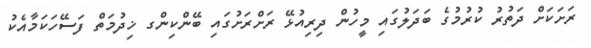
ރަށަކަށް ދަތުރު ކުރުމުގެ ބަދަލުގައި މީހުން ދިރިއުޅޭ ރަށްރަށުގައި ބޭންކިންގ ޚިދުމަތް ފަސޭހަކަމާއެކު